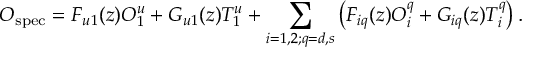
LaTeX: O _ { \mathrm { s p e c } } = F _ { u 1 } ( z ) O _ { 1 } ^ { u } + G _ { u 1 } ( z ) T _ { 1 } ^ { u } + \sum _ { i = 1 , 2 ; q = d , s } \left( F _ { i q } ( z ) O _ { i } ^ { q } + G _ { i q } ( z ) T _ { i } ^ { q } \right) .